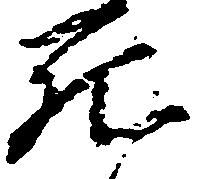
死